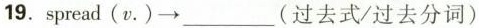
19.spread(v.), ___ (过去式/过去分词)